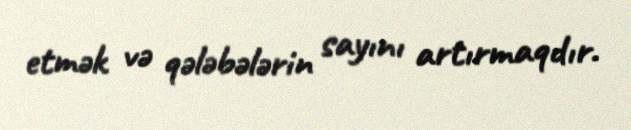
etmək və qələbələrin sayını artırmaqdır.